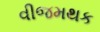
વીજમથક